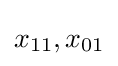
x_{11},x_{01}